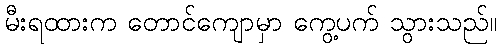
မီးရထားက တောင်ကျောမှာ ကွေ့ပက် သွားသည်။